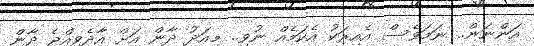
އަންނަން.. ނަމަވެސް އެއިރަކު އެކަމެއް ނުވި.. މިއަދު ދާން އަށް އާދެވިއްޖެ ދާން